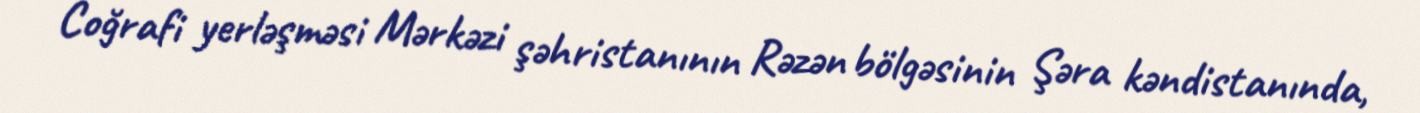
Coğrafi yerləşməsi Mərkəzi şəhristanının Rəzən bölgəsinin Şəra kəndistanında,